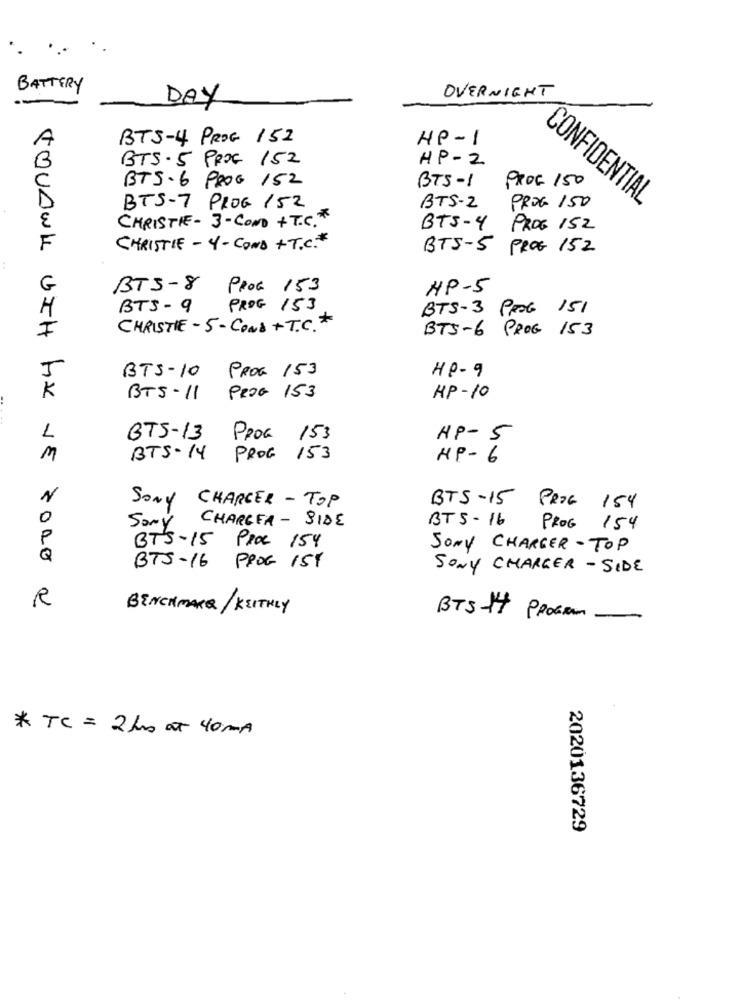
BATTERY
OVERNIGHT
DAY
A
BTS-4 PROC 152
HP-1
BTS-5 PROC 152
HP-2
B
BTS-6 PROG 152
BTS-1 PROC 150
CONFIDENTIAL
BTS-7 PROG 152
BTS-2 PROG 150
CHRISTIE- 3-COND + T.C.
٤
BTS-4 PROG 152
F
CHRISTIE - 4- COND +T.C .*
BTS-5 PROG 152
G
BTS-8 Proc 153
HP-5
H
BTS- 9 PROG 153
BTS-3 PROG 151
F
CHRISTIE-5- CONS + T.C .*
BTS-6 PROG 153
5
BTS-10 PROG 153
HP-9
K
BTS-11 PROG 153
HP- 10
1
BTS-13
PROG 153
HP- 5
M
BTS-14 PROG 153
HP-6
SONY CHARGER - TOP
BTS-15 PROG 154
0
BT5-16
Sony CHARGER - SIDE
PROG 154
P
BTS-15 PROC 154
SONY CHARGER-TOP
Q
BTS-16 PROG 1ST
SONY CHARGER - SIDE
R
BENCHMARK/ KEITHLY
BTS-14 PROGRAM
* TC = 2hrs at 40mg
2020136729